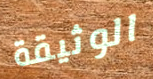
الوثيقة